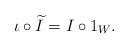
LaTeX: \begin{align*}\iota\circ \widetilde{I}= I\circ 1_{W} .\end{align*}